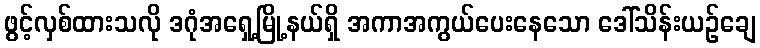
ဖွင့်လှစ်ထားသလို ဒဂုံအရှေ့မြို့နယ်ရှိ အကာအကွယ်ပေးနေသော ဒေါ်သိန်းယဉ်ချေ